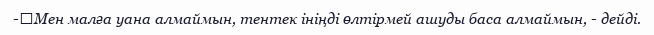
-	Мен малға уана алмаймын, тентек ініңді өлтірмей ашуды баса алмаймын, - дейді.